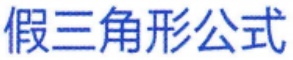
假三角形公式